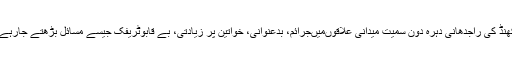
اتراکھنڈ کی راجدھانی دہرہ دون سمیت میدانی علاقوںمیںجرائم، بدعنوانی، خواتین پر زیادتی، بے قابوٹریفک جیسے مسائل بڑھتے جارہے ہیں۔